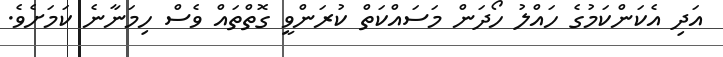
އަދި އެކަންކަމުގެ ހައްލު ހޯދަން މަސައްކަތް ކުރަންވީ ގޮތްތައް ވެސް ހިމަނާނެ ކަމަށެވެ.